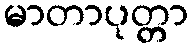
မာတာပုတ္တာ